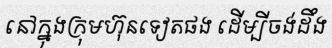
នៅក្នុងក្រុមហ៊ុនទៀតផង ដើម្បីចង់ដឹង